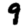
Digit: 9